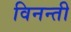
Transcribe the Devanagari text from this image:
विनन्ती